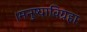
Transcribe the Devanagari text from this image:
।मनुष्याविग्रहाः